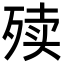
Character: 㱩